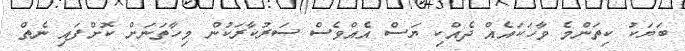
ބަޔަކު ކިތަންމެ ވާހަކައެއް ދެއްކި ޔަސް އެއްވެސް ސަރުކާރަކުން މިހާތަނަށް ކޮށްފައި ނެތް